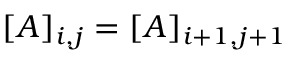
[ A ] _ { i , j } = [ A ] _ { i + 1 , j + 1 }